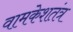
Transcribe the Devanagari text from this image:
वामकेशतंत्र